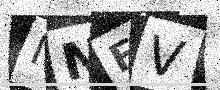
Text: NNFV